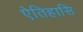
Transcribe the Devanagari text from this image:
ऐतिहासि